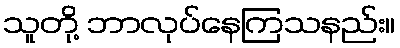
သူတို့ ဘာလုပ်နေကြသနည်း။